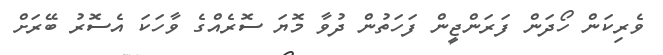
ވެރިކަން ހޯދަން ފަރަންޖީން ފަހަތުން ދުވާ މޮޔަ ސޮރެއްގެ ވާހަކަ އެސޮރު ބޭރަށް